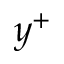
y ^ { + }